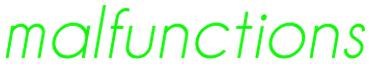
malfunctions